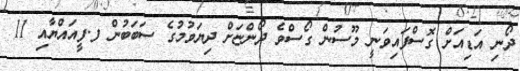
ދޯނި އަޑިއަށް ގޮސްފައިވަނީ މޫސުން ގޯސްވެ ދޯންޏަށް ދިޔަވުމުގެ ސަބަބުން ފ.ފީއައްޔާއި 11